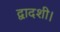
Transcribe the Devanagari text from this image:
द्वादशी।